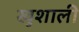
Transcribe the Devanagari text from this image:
खुशाली